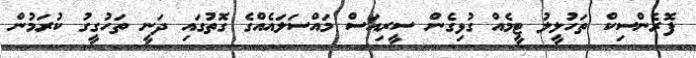
ފޮރެންސިކް ތަހުލީލު ޓީމެއް ގުޅިގެން ސީރިއަސް މައްސަލައެއްގެ ގޮތުގައި ދަނީ ތަހުގީގު ކުރަމުން